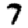
Digit: 7